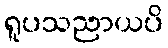
ရူပသညာယပိ